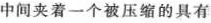
中间夹着一个被压缩的具有